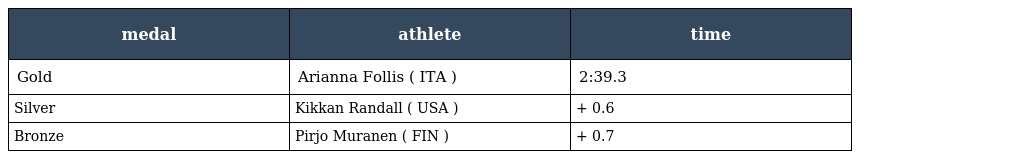
| medal | athlete | time |
 | --- | --- | --- |
 | Gold | Arianna Follis ( ITA ) | 2:39.3 |
 | Silver | Kikkan Randall ( USA ) | + 0.6 |
 | Bronze | Pirjo Muranen ( FIN ) | + 0.7 |